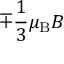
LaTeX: \mp { \frac { 1 } { 3 } } \mu _ { \mathrm { { B } } } B